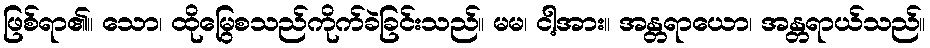
ဖြစ်ရာ၏။ သော၊ ထိုမြွေစသည်ကိုက်ခဲခြင်းသည်။ မမ၊ ငါ့အား။ အန္တရာယော၊ အန္တရာယ်သည်။